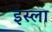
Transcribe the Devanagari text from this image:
इस्‍ला